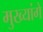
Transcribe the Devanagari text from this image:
मुख्यांगे